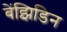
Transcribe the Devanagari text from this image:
बेंझिडिन